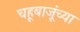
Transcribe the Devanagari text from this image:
चहूबाजूंच्या